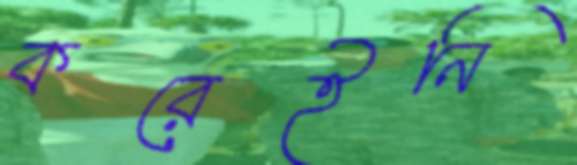
করেইনি